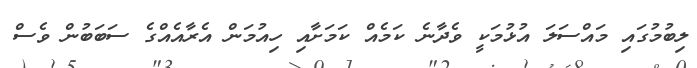
ލިބުމުގައި މައްސަލަ އުޅުމަކީ ވެދާނެ ކަމެއް ކަމަށާއި ހިއުމަން އެރާއެއްގެ ސަބަބުން ވެސް